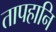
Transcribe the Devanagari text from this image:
तापहानि